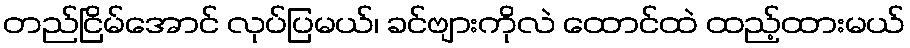
တည်ငြိမ်အောင် လုပ်ပြမယ်၊ ခင်ဗျားကိုလဲ ထောင်ထဲ ထည့်ထားမယ်